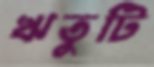
ঋতুটি